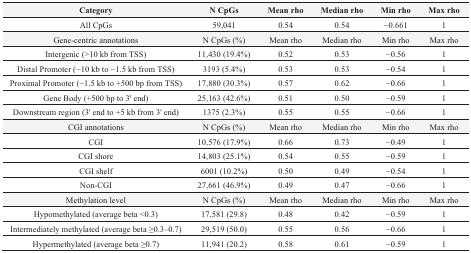
<table><thead><tr><td><b>Category</b></td><td><b>N CpGs</b></td><td><b>Mean rho</b></td><td><b>Median rho</b></td><td><b>Min rho</b></td><td><b>Max rho</b></td></tr></thead><tbody><tr><td>All CpGs</td><td>59,041</td><td>0.54</td><td>0.54</td><td>−0.661</td><td>1</td></tr><tr><td>Gene-centric annotations</td><td>N CpGs (%)</td><td>Mean rho</td><td>Median rho</td><td>Min rho</td><td>Max rho</td></tr><tr><td>Intergenic (&gt;10 kb from TSS)</td><td>11,430 (19.4%)</td><td>0.52</td><td>0.53</td><td>−0.56</td><td>1</td></tr><tr><td>Distal Promoter (−10 kb to −1.5 kb from TSS)</td><td>3193 (5.4%)</td><td>0.53</td><td>0.53</td><td>−0.54</td><td>1</td></tr><tr><td>Proximal Promoter (−1.5 kb to +500 bp from TSS)</td><td>17,880 (30.3%)</td><td>0.57</td><td>0.62</td><td>−0.66</td><td>1</td></tr><tr><td>Gene Body (+500 bp to 3&#x27; end)</td><td>25,163 (42.6%)</td><td>0.51</td><td>0.50</td><td>−0.59</td><td>1</td></tr><tr><td>Downstream region (3&#x27; end to +5 kb from 3&#x27; end)</td><td>1375 (2.3%)</td><td>0.55</td><td>0.55</td><td>−0.66</td><td>1</td></tr><tr><td>CGI annotations</td><td>N CpGs (%)</td><td>Mean rho</td><td>Median rho</td><td>Min rho</td><td>Max rho</td></tr><tr><td>CGI</td><td>10,576 (17.9%)</td><td>0.66</td><td>0.73</td><td>−0.49</td><td>1</td></tr><tr><td>CGI shore</td><td>14,803 (25.1%)</td><td>0.54</td><td>0.55</td><td>−0.59</td><td>1</td></tr><tr><td>CGI shelf</td><td>6001 (10.2%)</td><td>0.50</td><td>0.49</td><td>−0.54</td><td>1</td></tr><tr><td>Non-CGI</td><td>27,661 (46.9%)</td><td>0.49</td><td>0.47</td><td>−0.66</td><td>1</td></tr><tr><td>Methylation level </td><td>N CpGs (%)</td><td>Mean rho</td><td>Median rho</td><td>Min rho</td><td>Max rho</td></tr><tr><td>Hypomethylated (average beta &lt;0.3)</td><td>17,581 (29.8)</td><td>0.48</td><td>0.42</td><td>−0.59</td><td>1</td></tr><tr><td>Intermediately methylated (average beta ≥0.3–0.7)</td><td>29,519 (50.0)</td><td>0.55</td><td>0.56</td><td>−0.66</td><td>1</td></tr><tr><td>Hypermethylated (average beta ≥0.7)</td><td>11,941 (20.2)</td><td>0.58</td><td>0.61</td><td>−0.59</td><td>1</td></tr></tbody></table>